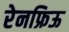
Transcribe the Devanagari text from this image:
रेनफ्रिऊ